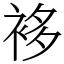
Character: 袳